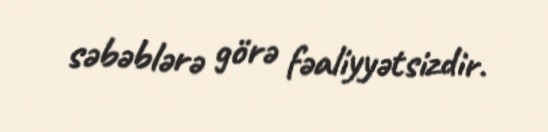
səbəblərə görə fəaliyyətsizdir.